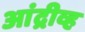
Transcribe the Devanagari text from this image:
आंद्रीव्ह